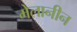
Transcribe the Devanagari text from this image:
मेलानीन